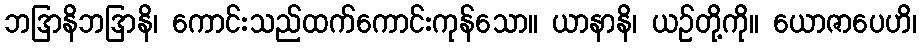
ဘဒြာနိဘဒြာနိ၊ ကောင်းသည်ထက်ကောင်းကုန်သော။ ယာနာနိ၊ ယဉ်တို့ကို။ ယောဇာပေဟိ၊